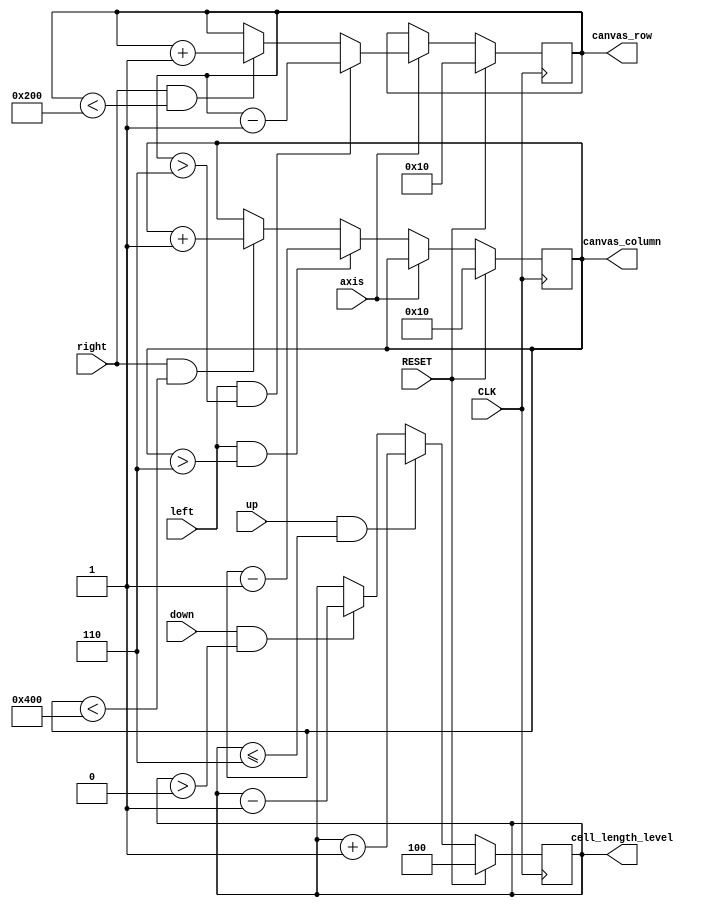
`timescale 1ns / 1ps
//////////////////////////////////////////////////////////////////////////////////
// Company: 
// Engineer: 
// 
// Design Name: 
// Module Name: Canvas_manager
// Project Name: 
// Target Devices: 
// Tool Versions: 
// Description: 
// 
// Dependencies: 
// 
// Revision:
// Revision 0.01 - File Created
// Additional Comments:
// 
//////////////////////////////////////////////////////////////////////////////////


module Canvas_manager#(
    parameter MAX_CELL_LENGTH_BITS = 6,
    parameter MAX_ROW_BITS = 9, //512
    parameter MAX_COLUMN_BITS = 10, //1024
    parameter MAX_ROW = 2 ** MAX_ROW_BITS,
    parameter MAX_COLUMN = 2 ** MAX_COLUMN_BITS
    )(
    input CLK,
    input RESET,
    //button signal
    input up,
    input down,
    input left,
    input right,
    //axis state
    input axis,
    //output canvas value
    output reg [2:0] cell_length_level,
    output reg [MAX_ROW_BITS - 1:0] canvas_row,
    output reg [MAX_COLUMN_BITS - 1:0] canvas_column
    );
    
    parameter ORIGIN_ROW = 16;
    parameter ORIGIN_COLUMN = 16;
    
    always @(posedge CLK) begin
        if (RESET) begin
            cell_length_level <= 4;
        end
        else begin
            if (up && cell_length_level <= MAX_CELL_LENGTH_BITS)
                cell_length_level <= cell_length_level + 1;
            else if (down && cell_length_level > 0)
                cell_length_level <= cell_length_level - 1;
            else
                cell_length_level <= cell_length_level;
        end
    end
    
    always @(posedge CLK) begin
        if (RESET) begin
            canvas_row <= ORIGIN_ROW;
            canvas_column <= ORIGIN_COLUMN;
        end
        else begin
            //row
            if (axis) begin
                if (left && canvas_row > 6)
                    canvas_row <= canvas_row - 1;
                else if (right && canvas_row < MAX_ROW)
                    canvas_row <= canvas_row + 1;
                else
                    canvas_row <= canvas_row;
            end
            //column
            else begin
                if (left && canvas_column > 6)
                    canvas_column <= canvas_column - 1;
                else if (right && canvas_column < MAX_COLUMN)
                    canvas_column <= canvas_column + 1;
                else
                    canvas_column <= canvas_column;
            end
        end
    end
    
endmodule